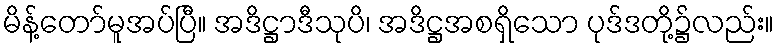
မိန့်တော်မူအပ်ပြီ။ အဒိဋ္ဌာဒီသုပိ၊ အဒိဋ္ဌအစရှိသော ပုဒ်ဒတို့၌လည်း။